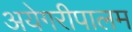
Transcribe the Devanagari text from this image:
अयेगरीपालम